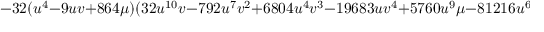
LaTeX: - 3 2 ( u ^ { 4 } - 9 u v + 8 6 4 \mu ) ( 3 2 u ^ { 1 0 } v - 7 9 2 u ^ { 7 } v ^ { 2 } + 6 8 0 4 u ^ { 4 } v ^ { 3 } - 1 9 6 8 3 u v ^ { 4 } + 5 7 6 0 u ^ { 9 } \mu - 8 1 2 1 6 u ^ { 6 } v \mu - 6 9 9 8 4 u ^ { 3 } v ^ { 2 } \mu